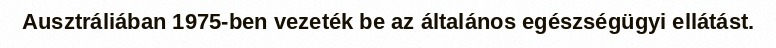
Ausztráliában 1975-ben vezeték be az általános egészségügyi ellátást.